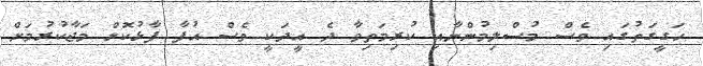
ހަގީގަތުގައި ވެސް މުސްލިމުންނާއި ކުރިމަތިވާ ދެ އީދަކީ ވެސް އުފާ ފާޅުކޮށް މަޖާކުރުމަށް